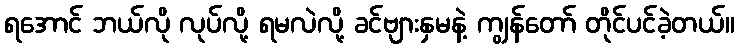
ရအောင် ဘယ်လို လုပ်လို့ ရမလဲလို့ ခင်ဗျားနှမနဲ့ ကျွန်တော် တိုင်ပင်ခဲ့တယ်။